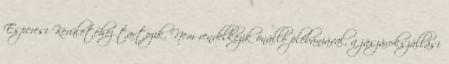
Esperesi Kerületéhez tartozik. Nem rendelkezik önálló plébániával, a jászárokszállási